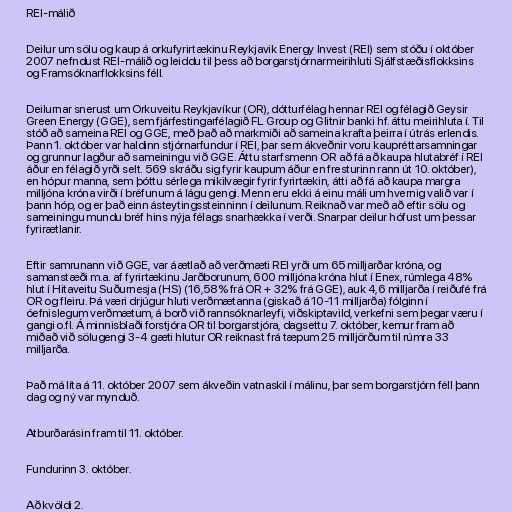
REI-málið

Deilur um sölu og kaup á orkufyrirtækinu Reykjavik Energy Invest (REI) sem stóðu í október
2007 nefndust REI-málið og leiddu til þess að borgarstjórnarmeirihluti Sjálfstæðisflokksins
og Framsóknarflokksins féll.

Deilurnar snerust um Orkuveitu Reykjavíkur (OR), dótturfélag hennar REI og félagið Geysir
Green Energy (GGE), sem fjárfestingarfélagið FL Group og Glitnir banki hf. áttu meirihluta í. Til
stóð að sameina REI og GGE, með það að markmiði að sameina krafta þeirra í útrás erlendis.
Þann 1. október var haldinn stjórnarfundur í REI, þar sem ákveðnir voru kaupréttarsamningar
og grunnur lagður að sameiningu við GGE. Áttu starfsmenn OR að fá að kaupa hlutabréf í REI
áður en félagið yrði selt. 569 skráðu sig fyrir kaupum áður en fresturinn rann út 10. október),
en hópur manna, sem þóttu sérlega mikilvægir fyrir fyrirtækin, átti að fá að kaupa margra
milljóna króna virði í bréfunum á lágu gengi. Menn eru ekki á einu máli um hvernig valið var í
þann hóp, og er það einn ásteytingssteinninn í deilunum. Reiknað var með að eftir sölu og
sameiningu mundu bréf hins nýja félags snarhækka í verði. Snarpar deilur hófust um þessar
fyrirætlanir.

Eftir samrunann við GGE, var áætlað að verðmæti REI yrði um 65 milljarðar króna, og
samanstæði m.a. af fyrirtækinu Jarðborunum, 600 milljóna króna hlut í Enex, rúmlega 48%
hlut í Hitaveitu Suðurnesja (HS) (16,58% frá OR + 32% frá GGE), auk 4,6 milljarða í reiðufé frá
OR og fleiru. Þá væri drjúgur hluti verðmætanna (giskað á 10-11 milljarða) fólginn í
óefnislegum verðmætum, á borð við rannsóknarleyfi, viðskiptavild, verkefni sem þegar væru í
gangi o.fl. Á minnisblaði forstjóra OR til borgarstjóra, dagsettu 7. október, kemur fram að
miðað við sölugengi 3-4 gæti hlutur OR reiknast frá tæpum 25 milljörðum til rúmra 33
milljarða.

Það má líta á 11. október 2007 sem ákveðin vatnaskil í málinu, þar sem borgarstjórn féll þann
dag og ný var mynduð.

Atburðarásin fram til 11. október.

Fundurinn 3. október.

Að kvöldi 2.